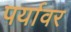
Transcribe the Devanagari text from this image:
पर्यावर